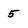
Character: 5